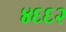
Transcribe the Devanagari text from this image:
४६६२